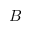
B